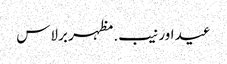
عید اور نیب. مظہر برلاس